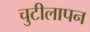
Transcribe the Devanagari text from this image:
चुटीलापन